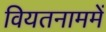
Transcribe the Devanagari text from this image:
वियतनाममें